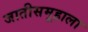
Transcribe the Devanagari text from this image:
जातीसमूहाला